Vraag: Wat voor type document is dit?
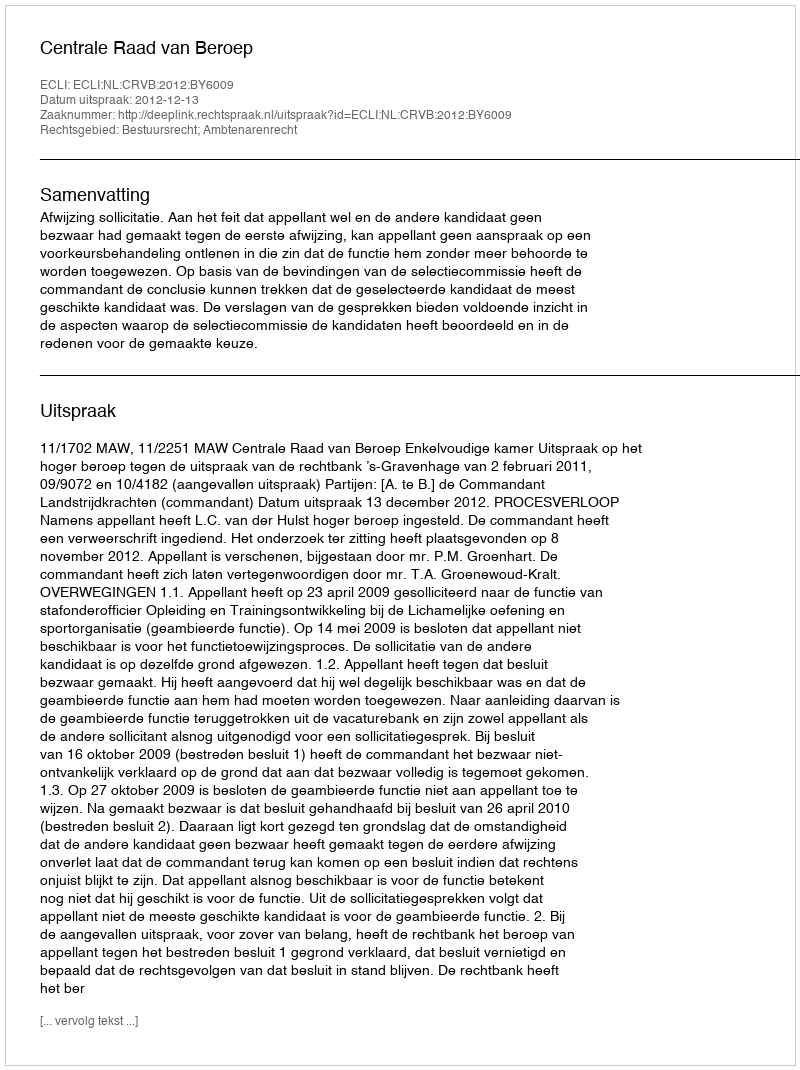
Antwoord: Uitspraak